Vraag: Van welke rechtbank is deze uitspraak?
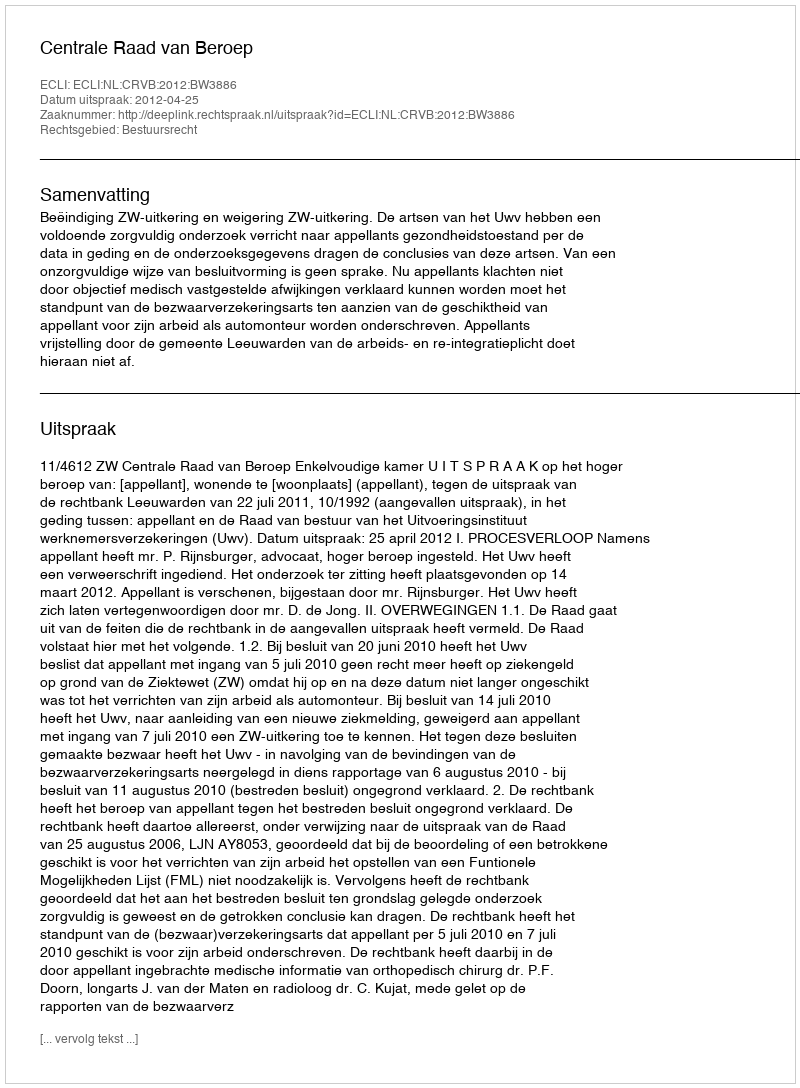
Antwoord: Centrale Raad van Beroep